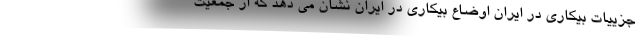
جزییات بیکاری در ایران اوضاع بیکاری در ایران نشان می دهد که از جمعیت